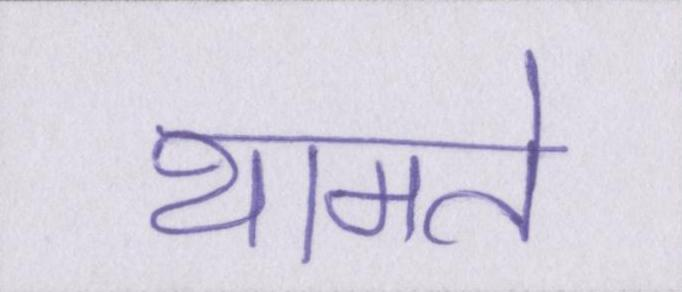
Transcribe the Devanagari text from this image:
थामते